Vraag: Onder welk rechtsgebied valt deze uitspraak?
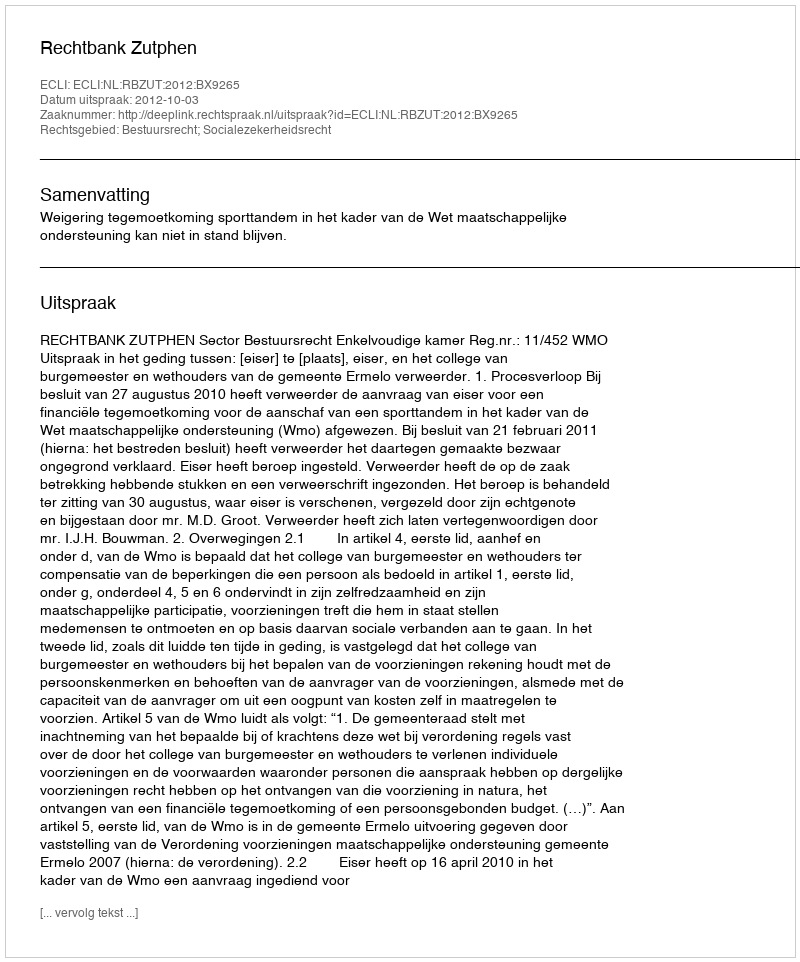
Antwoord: Bestuursrecht; Socialezekerheidsrecht